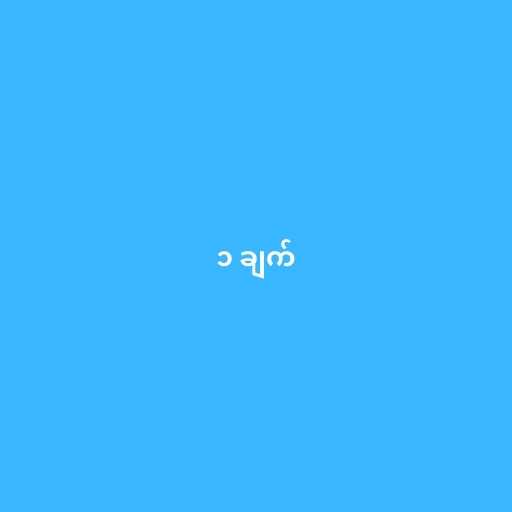
၁ ချက်